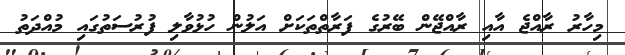
މިހާރު ރާއްޖެ އާއި ރާއްޖޭން ބޭރުގެ ފަރާތްތަކަށް އަލުން ހުޅުވާލި ފުރުސަތުގައި މުއްދަތު